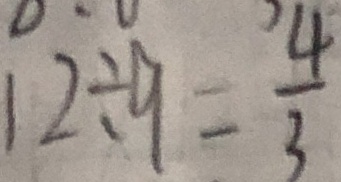
1 2 \div 9 = \frac { 4 } { 3 }